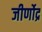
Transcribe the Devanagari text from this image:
जीर्णोद्र